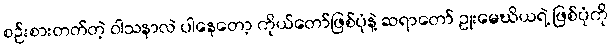
စဉ်းစားတတ်တဲ့ ဝါသနာလဲ ပါနေတော့ ကိုယ်တော်ဖြစ်ပုံနဲ့ ဆရာတော် ဥုးမေဃိယရဲ့ ဖြစ်ပုံကို